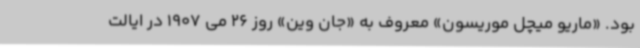
بود. «ماریو میچل موریسون» معروف به «جان وین» روز 26 می 1907 در ایالت